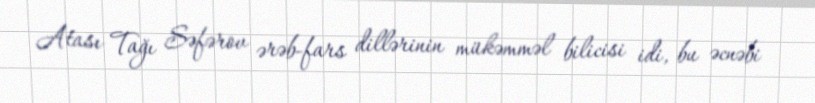
Atası Tağı Səfərov ərəb-fars dillərinin mükəmməl bilicisi idi, bu əcnəbi